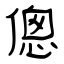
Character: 傯